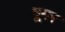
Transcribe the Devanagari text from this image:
भूमर